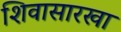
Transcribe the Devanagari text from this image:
शिवासारखा